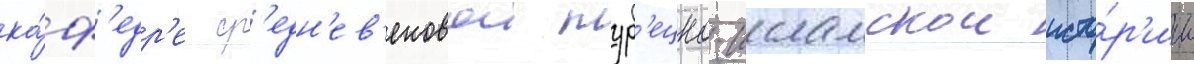
ка́ф'едр'е ср'едн'ев'ековои тур'ецко-исламскои исто́р'ии